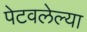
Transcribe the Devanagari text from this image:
पेटवलेल्या